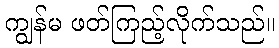
ကျွန်မ ဖတ်ကြည့်လိုက်သည်။